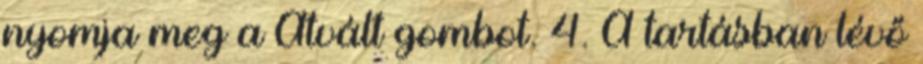
nyomja meg a Átvált gombot. 4. A tartásban lévő